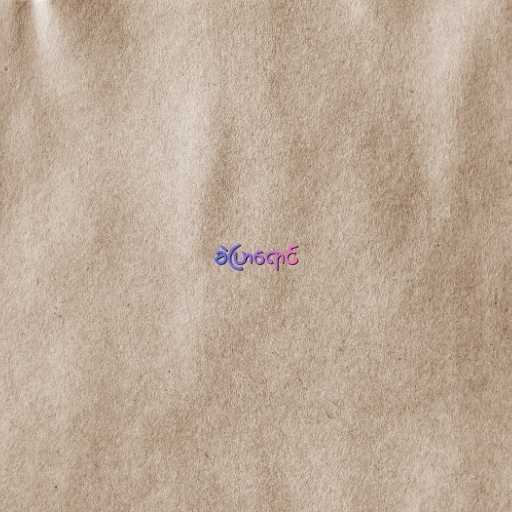
ခဲပြာရောင်